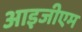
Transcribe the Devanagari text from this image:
आइजीएम